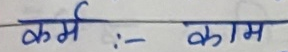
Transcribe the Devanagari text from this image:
कर्म :- काम